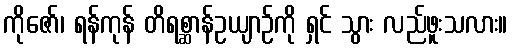
ကိုဇော်၊ ရန်ကုန် တိရစ္ဆာန်ဥယျာဉ်ကို ရှင် သွား လည်ဖူးသလား။